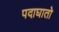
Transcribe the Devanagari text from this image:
पदाघातो